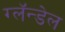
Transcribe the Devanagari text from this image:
ग्लॅन्डेल